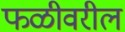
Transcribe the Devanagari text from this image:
फळीवरील